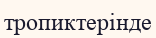
тропиктерінде